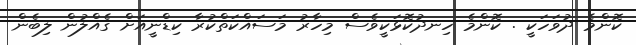
ކޮންމެ ދުވަހަކީ . ކޮންމެ ހިނދުކޮޅަކީވެސް މިހާރު މަސައްކަތްކުރާ ކިޑްނީއަށް ގެއްލުން ލިބެން